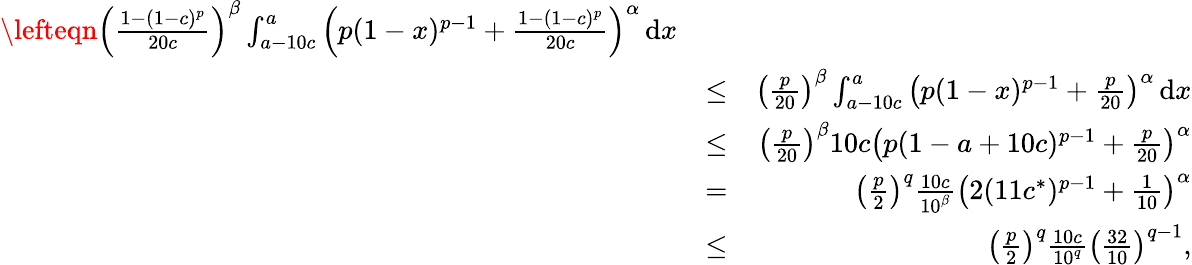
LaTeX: \begin{array}{rlr}{\lefteqn{\left(\frac{1-(1-c)^{p}}{20c}\right)^{\beta}\int_{a-10c}^{a}\left(p(1-x)^{p-1}+\frac{1-(1-c)^{p}}{20c}\right)^{\alpha}\, \mathrm{d}x}}\\ &{\le}&{\left(\frac{p}{20}\right)^{\beta}\int_{a-10c}^{a}\left(p(1-x)^{p-1}+\frac{p}{20}\right)^{\alpha}\, \mathrm{d}x}\\ &{\le}&{\left(\frac{p}{20}\right)^{\beta}10c\left(p(1-a+10c)^{p-1}+\frac{p}{20}\right)^{\alpha}}\\ &{=}&{\left(\frac{p}{2}\right)^{q}\frac{10c}{10^{\beta}}\left(2(11c^{*})^{p-1}+\frac{1}{10}\right)^{\alpha}}\\ &{\le}&{\left(\frac{p}{2}\right)^{q}\frac{10c}{10^{q}}\left(\frac{32}{10}\right)^{q-1},}\end{array}